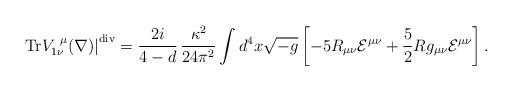
\begin{align*}\left. {\rm Tr} V_{1\nu}^{~\mu}(\nabla) \right|^{{\rm div}} =\frac{2 i}{4-d} \, \frac{\kappa^2}{24 \pi^2} \int d^4x \sqrt{-g}\left[ -5 R_{\mu\nu} {\cal E}^{\mu\nu} +\frac{5}{2} R g_{\mu\nu} {\cal E}^{\mu\nu} \right] .\end{align*}